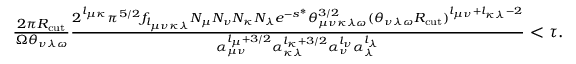
\begin{array} { r } { \frac { 2 \pi R _ { \mathrm { c u t } } } { \Omega \theta _ { \nu \lambda \omega } } \frac { 2 ^ { l _ { \mu \kappa } } \pi ^ { 5 / 2 } f _ { l _ { \mu \nu \kappa \lambda } } N _ { \mu } N _ { \nu } N _ { \kappa } N _ { \lambda } e ^ { - s ^ { * } } \theta _ { \mu \nu \kappa \lambda \omega } ^ { 3 / 2 } ( \theta _ { \nu \lambda \omega } R _ { \mathrm { c u t } } ) ^ { l _ { \mu \nu } + l _ { \kappa \lambda } - 2 } } { \alpha _ { \mu \nu } ^ { l _ { \mu } + 3 / 2 } \alpha _ { \kappa \lambda } ^ { l _ { \kappa } + 3 / 2 } \alpha _ { \nu } ^ { l _ { \nu } } \alpha _ { \lambda } ^ { l _ { \lambda } } } < \tau . } \end{array}